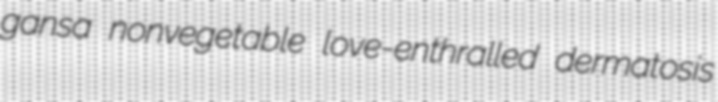
gansa nonvegetable love-enthralled dermatosis